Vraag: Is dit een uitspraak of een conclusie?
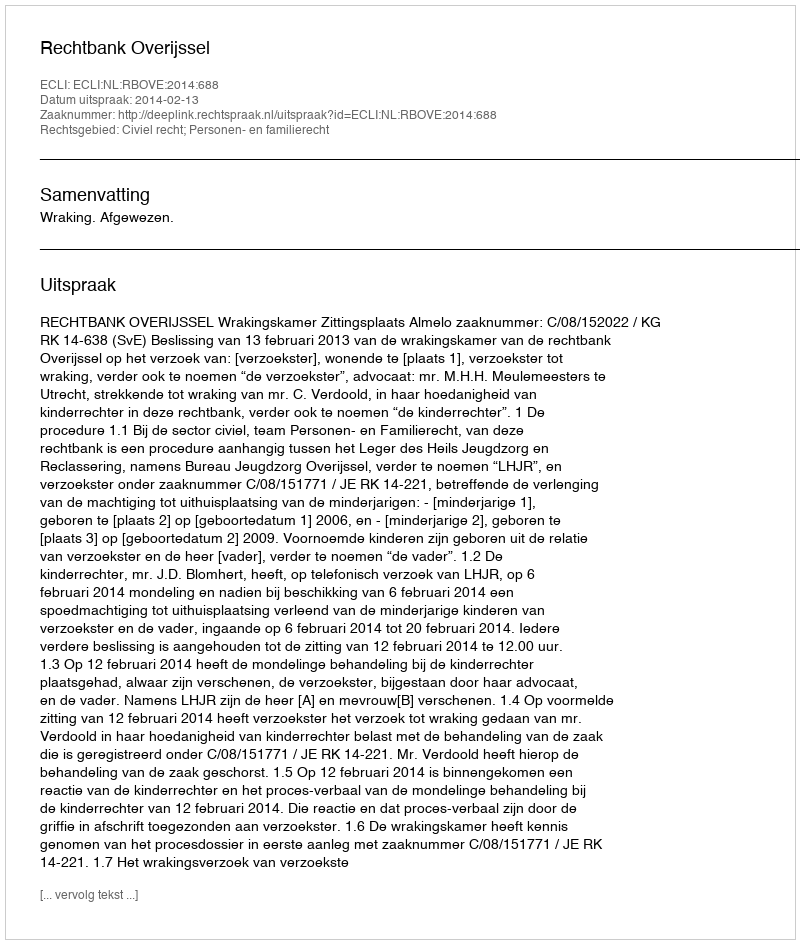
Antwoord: Uitspraak